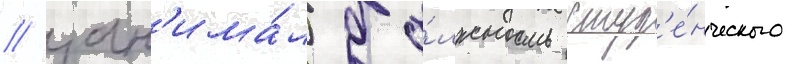
/ зан'има́л до́лжность студ'е́нческого